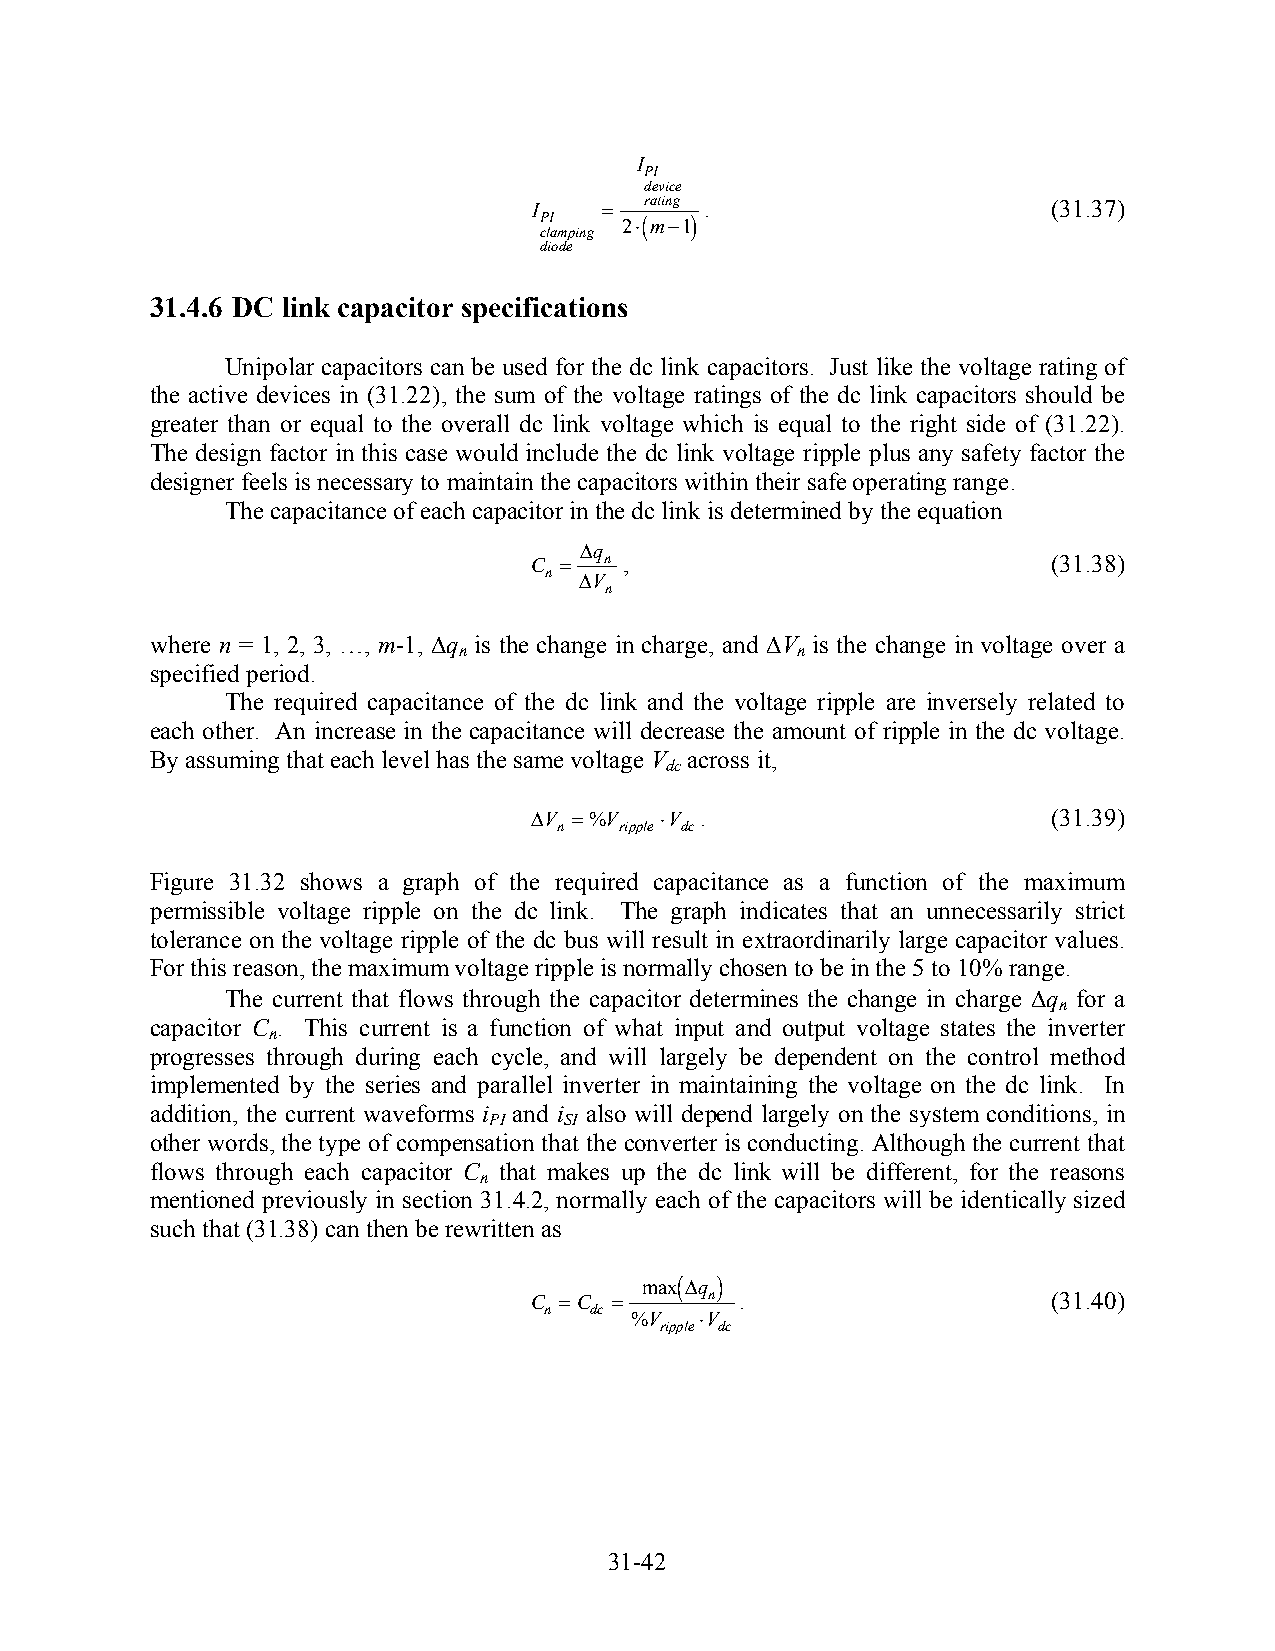
I
 PI
 device
 I    =  rating .                   (31.37)
 PI   2⋅(m−1)
 clamping
 diode
 31.4.6 DC link capacitor specifications
 Unipolar capacitors can be used for the dc link capacitors. Just like the voltage rating of
 the active devices in (31.22), the sum of the voltage ratings of the dc link capacitors should be
 greater than or equal to the overall dc link voltage which is equal to the right side of (31.22).
 The design factor in this case would include the dc link voltage ripple plus any safety factor the
 designer feels is necessary to maintain the capacitors within their safe operating range.
 The capacitance of each capacitor in the dc link is determined by the equation
 ∆q
 C =  n ,                           (31.38)
 n ∆V
 n
 where n = 1, 2, 3, …, m-1, ∆q is the change in charge, and ∆V is the change in voltage over a
 n                      n
 specified period.
 The required capacitance of the dc link and the voltage ripple are inversely related to
 each other. An increase in the capacitance will decrease the amount of ripple in the dc voltage.
 By assuming that each level has the same voltage V across it,
 dc
 ∆V =%V   ⋅V .                      (31.39)
 n   ripple dc
 Figure 31.32 shows a graph of the required capacitance as a function of the maximum
 permissible voltage ripple on the dc link. The graph indicates that an unnecessarily strict
 tolerance on the voltage ripple of the dc bus will result in extraordinarily large capacitor values.
 For this reason, the maximum voltage ripple is normally chosen to be in the 5 to 10% range.
 The current that flows through the capacitor determines the change in charge ∆q for a
 n
 capacitor C . This current is a function of what input and output voltage states the inverter
 n
 progresses through during each cycle, and will largely be dependent on the control method
 implemented by the series and parallel inverter in maintaining the voltage on the dc link. In
 addition, the current waveforms i and i also will depend largely on the system conditions, in
 PI   SI
 other words, the type of compensation that the converter is conducting. Although the current that
 flows through each capacitor C that makes up the dc link will be different, for the reasons
 n
 mentioned previously in section 31.4.2, normally each of the capacitors will be identically sized
 such that (31.38) can then be rewritten as
 max(∆q )
 C =C  =     n .                    (31.40)
 n  dc %V  ⋅V
 ripple dc
 31-42